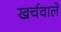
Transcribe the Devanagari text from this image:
खर्चवाले